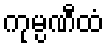
ကုမ္ပဏီထံ